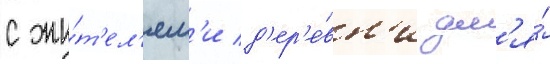
с жи́т'ел'ям'и д'ер'е́вн'и дл'я́